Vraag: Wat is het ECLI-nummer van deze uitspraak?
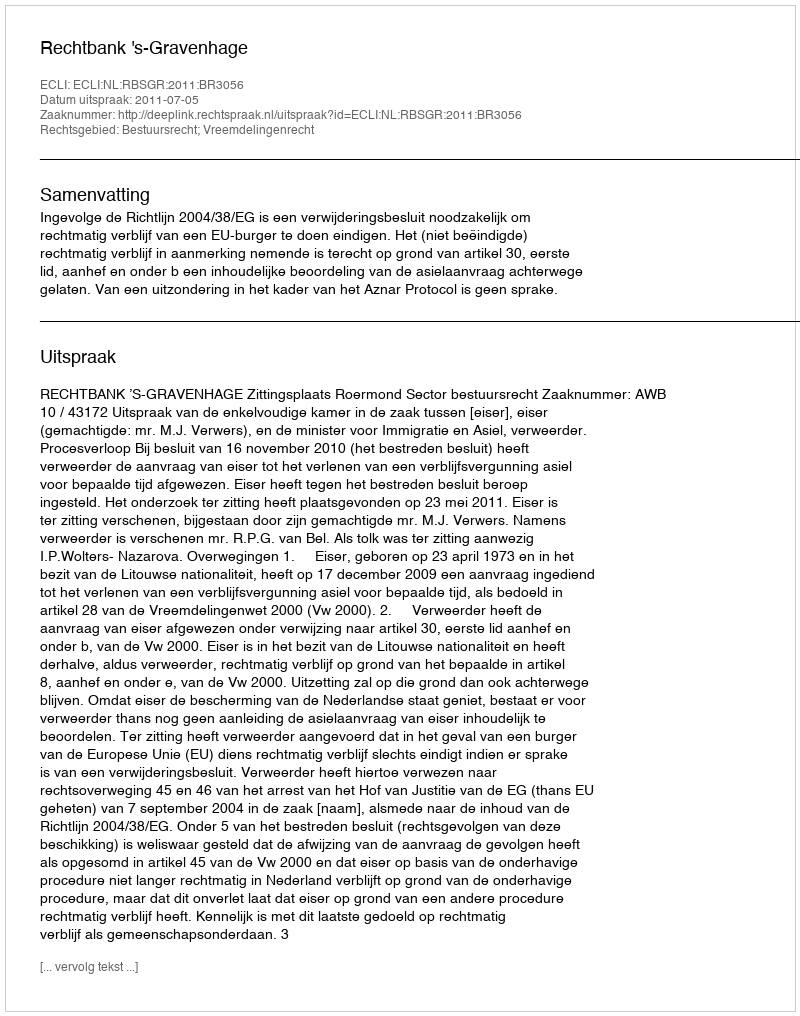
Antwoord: ECLI:NL:RBSGR:2011:BR3056